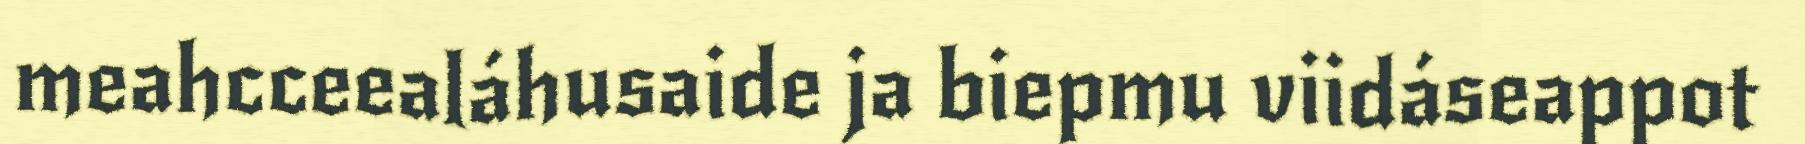
meahcceealáhusaide ja biepmu viidáseappot